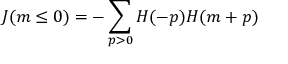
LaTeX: J ( m \le 0 ) = - \sum _ { p > 0 } H ( - p ) H ( m + p )